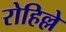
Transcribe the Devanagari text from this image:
रोहिल्ले